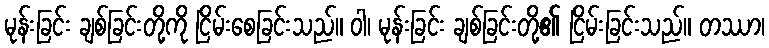
မုန်းခြင်း ချစ်ခြင်းတို့ကို ငြိမ်းစေခြင်းသည်။ ဝါ၊ မုန်းခြင်း ချစ်ခြင်းတို့၏ ငြိမ်းခြင်းသည်။ တဿာ၊